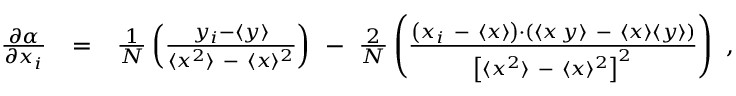
\begin{array} { r l r } { { \frac { \partial \alpha } { \partial \/ x _ { i } } } } & { = } & { { \frac { 1 } { N } } \left( \frac { y _ { i } - \langle { y } \rangle } { \langle { x } ^ { 2 } \rangle \ - \ \langle { x } \rangle \/ ^ { 2 } } \right) \ - \ { \frac { 2 } { N } } \left( \frac { \left( x _ { i } \ - \ \langle { x } \rangle \right) \cdot \left( \langle { x \, y } \rangle \ - \ \langle { x } \rangle \langle { y } \rangle \right) } { \left[ \langle { x } ^ { 2 } \rangle \ - \ \langle { x } \rangle \/ ^ { 2 } \right] ^ { 2 } } \right) \ , } \end{array}